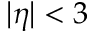
| \eta | < 3